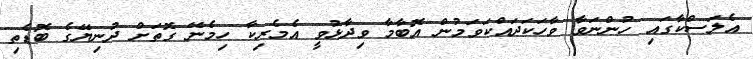
އެލަސްކާގައި ހުންނަވާ ވާހަކަދައްކަވަމުން އޮބާމާ ވިދާޅުވީ އެމެރިކާ ހިމެނޭ ގޮތަށް ދުނިޔޭގެ ބޮޑެތި